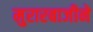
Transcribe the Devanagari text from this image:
मुरारबाजीने